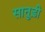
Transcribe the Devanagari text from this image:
सातुड़ी